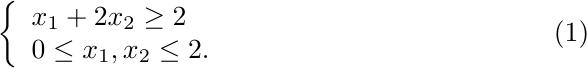
\begin{align}
\left\{
\begin{array}{l}
x_1 + 2x_2 \ge  2\\
0 \le x_1,x_2 \le 2.
\end{array}
\right.
\end{align}